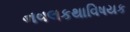
નવલકથાવિષયક